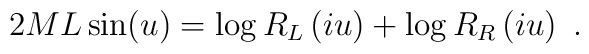
2ML\sin (u)=\log R_{L}\left( iu\right) +\log R_{R}\left( iu\right)\ .